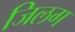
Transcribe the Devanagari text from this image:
जिलग